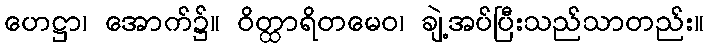
ဟေဋ္ဌာ၊ အောက်၌။ ဝိတ္ထာရိတမေဝ၊ ချဲ့အပ်ပြီးသည်သာတည်း။